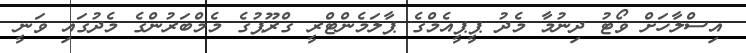
އިސްލާހަށް ވޯޓު ދިނުމާ މެދު ޕީޕީއެމްގެ ޕާލަމެންޓްރީ ގްރޫޕުގެ މެމްބަރުންގެ މެދުގައި ވަނީ